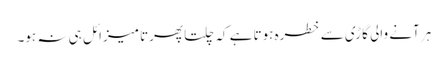
ہر آنے والی گاڑی سے خطرہ ہوتا ہے کہ چلتا پھرتا میزائل ہی نہ ہو۔